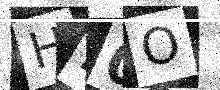
Text: HI0O